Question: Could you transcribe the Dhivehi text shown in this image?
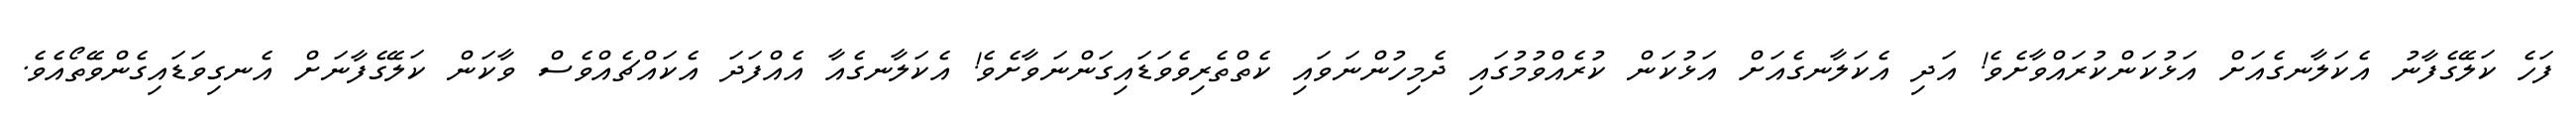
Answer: ފަހެ ކަލޭގެފާނު އެކަލާނގެއަށް އަޅުކަންކުރައްވާށެވެ! އަދި އެކަލާނގެއަށް އަޅުކަން ކުރެއްވުމުގައި ދެމިހުންނަވައި ކެތްތެރިވެވަޑައިގަންނަވާށެވެ! އެކަލާނގެއާ އެއްފަދަ އެކައްޗެއްވެސް ވާކަން ކަލޭގެފާނަށް އެނގިވަޑައިގެންވޭތޯއެވެ.